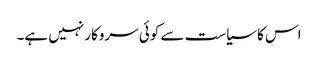
اس کا سیاست سے کوئی سروکار نہیں ہے۔